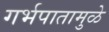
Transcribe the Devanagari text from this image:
गर्भपातामुळे